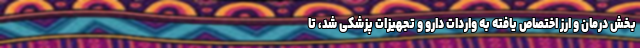
بخش درمان و ارز اختصاص یافته به واردات دارو و تجهیزات پزشکی شد، تا